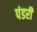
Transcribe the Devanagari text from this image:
पंडरी